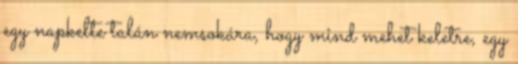
egy napkelte talán nemsokára, hogy mind mehet keletre, egy